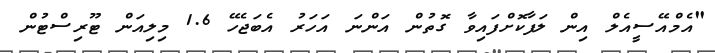
"އެމްއޭސީއެލް އިން ލަފާކޮށްފައިވާ ގޮތުން އަންނަ އަހަރު އެބަޖެހޭ 1.6 މިލިއަން ޓޫރިސްޓުން